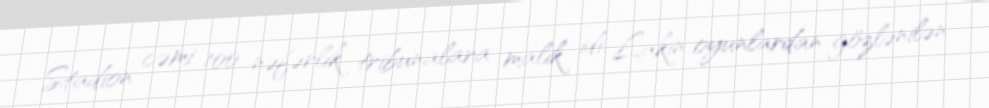
Stadion cəmi 100 nəfərlik tribunalara malik idi. Lakin oyunlardan gözlənilən